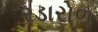
રડારોળ